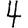
Digit: 4